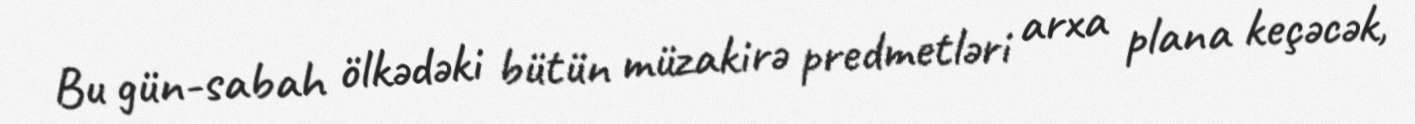
Bu gün-sabah ölkədəki bütün müzakirə predmetləri arxa plana keçəcək,